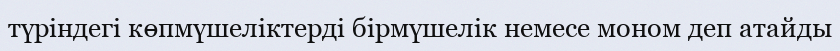
түріндегі көпмүшеліктерді бірмүшелік немесе моном деп атайды